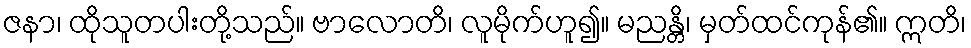
ဇနာ၊ ထိုသူတပါးတို့သည်။ ဗာလောတိ၊ လူမိုက်ဟူ၍။ မညန္တိ၊ မှတ်ထင်ကုန်၏။ ဣတိ၊